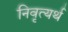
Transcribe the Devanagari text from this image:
निवृत्यर्थ